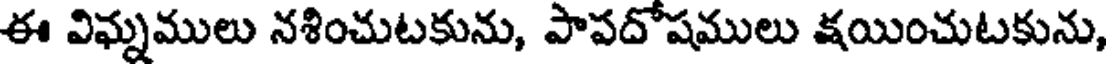
ఈ విఘ్నములు నశించుటకును, పాపదోషములు క్షయించుటకును,